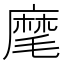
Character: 麾